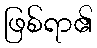
ဖြစ်ရာ၏